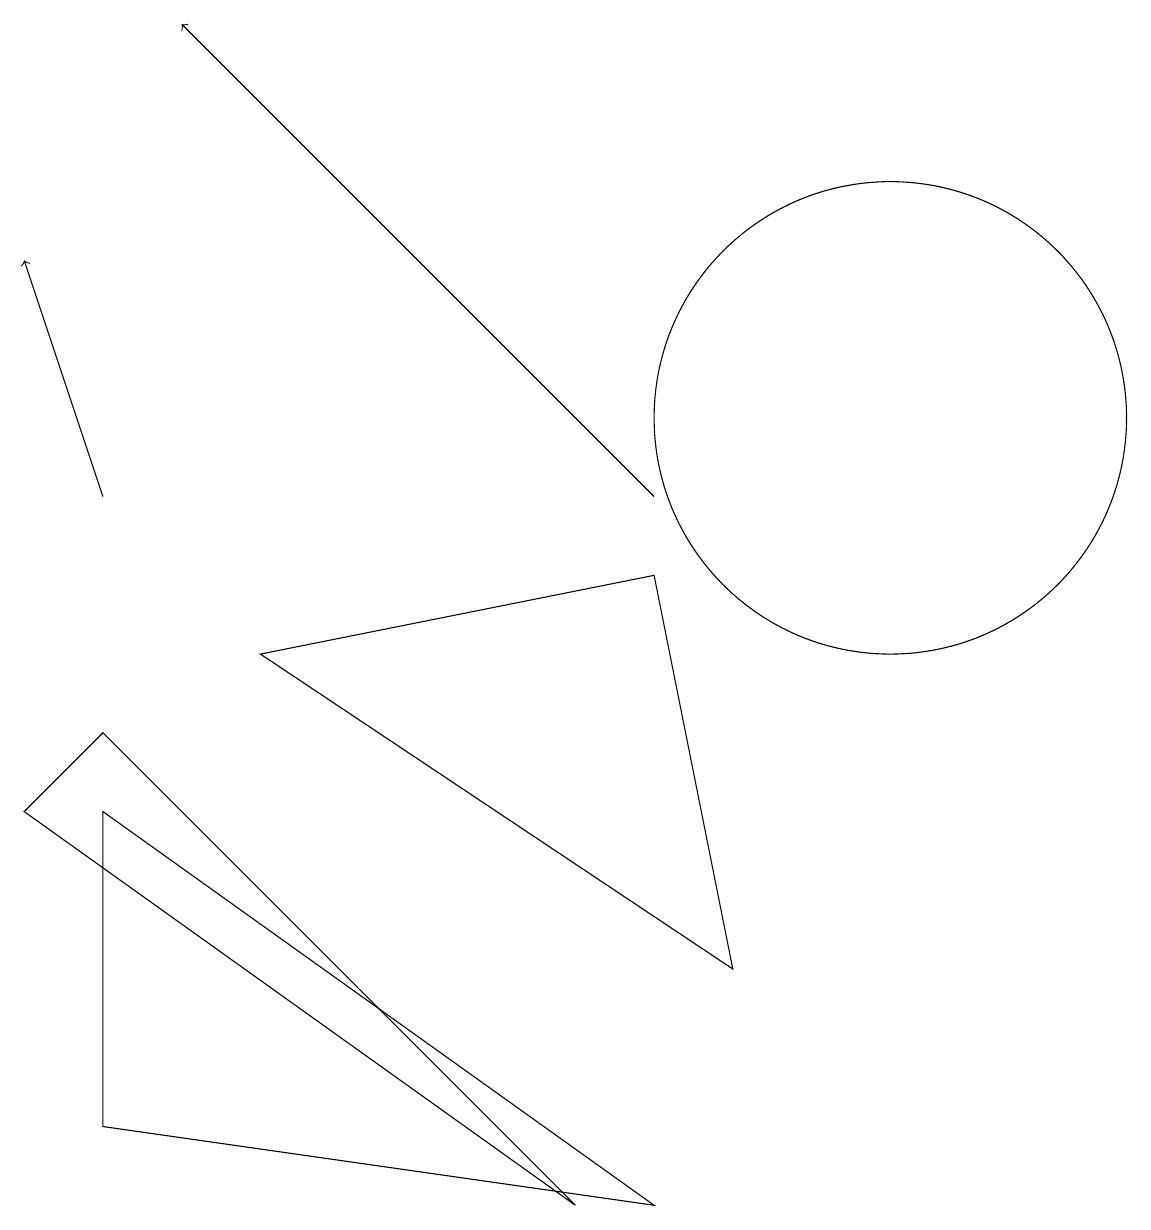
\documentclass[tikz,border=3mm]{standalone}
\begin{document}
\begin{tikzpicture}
\draw[->] (1,10) -- (0,13);
\draw (3,8) -- (9,4) -- (8,9) -- cycle;
\draw[->] (8,10) -- (2,16);
\draw (1,6) -- (1,2) -- (8,1) -- cycle;
\draw (11,11) circle (3);
\draw (7,1) -- (0,6) -- (1,7) -- cycle;
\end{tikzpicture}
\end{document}